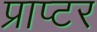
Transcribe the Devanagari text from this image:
प्राप्टर